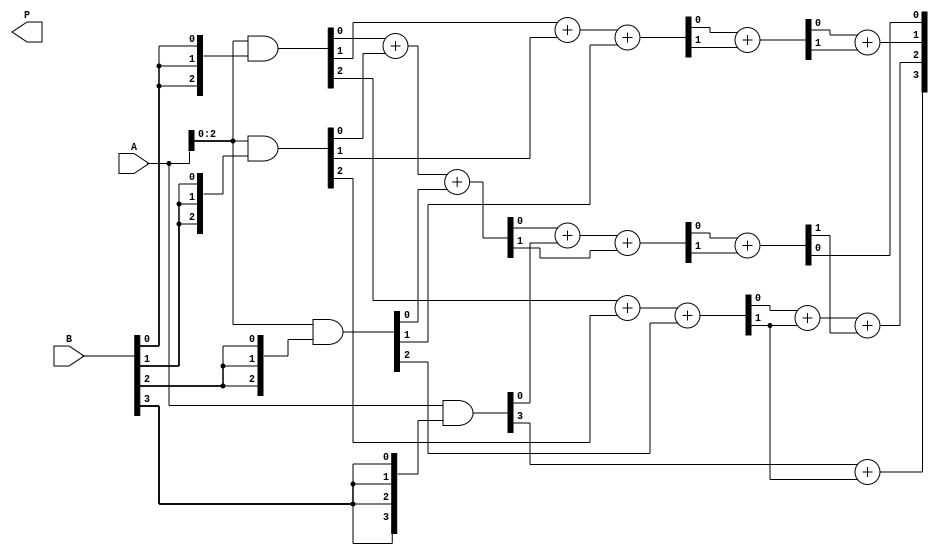
module WallaceTreeMultiplier (
    input [3:0] A, // 4-bit input A
    input [3:0] B, // 4-bit input B
    output [7:0] P // 8-bit output P (product)
);
    wire [3:0] pp [3:0]; // partial products
    wire [2:0] sum1, carry1;
    wire [1:0] sum2, carry2;
    wire [3:0] final_sum;
    wire final_carry;

    // Partial Product Generation
    assign pp[0] = A & {4{B[0]}};
    assign pp[1] = A & {4{B[1]}};
    assign pp[2] = A & {4{B[2]}};
    assign pp[3] = A & {4{B[3]}};

    // First Stage: 3-to-2 CSAs
    // CSAs for the first three bits of each column
    assign {carry1[0], sum1[0]} = pp[0][0] + pp[1][0] + pp[2][0];
    assign {carry1[1], sum1[1]} = pp[0][1] + pp[1][1] + pp[2][1];
    assign {carry1[2], sum1[2]} = pp[0][2] + pp[1][2] + pp[2][2];

    // Second Stage: Add the last partial product and carry from previous stage
    assign {carry2[0], sum2[0]} = sum1[0] + pp[3][0] + carry1[0];
    assign {carry2[1], sum2[1]} = sum1[1] + carry1[1];
    assign {final_carry, final_sum[0]} = sum2[0] + carry2[0];
    assign final_sum[1] = sum2[1] + carry2[1];

    // Prepare to add the final two rows together
    assign P[0] = final_sum[0];
    assign P[1] = final_sum[1];
    assign P[2] = sum1[2] + carry1[2] + final_carry;
    assign P[3] = pp[3][3] + carry1[2];

    // Assign remaining bits of product
    assign P[4] = pp[3][4];
    assign P[5] = pp[3][5];
    assign P[6] = pp[3][6];
    assign P[7] = pp[3][7];

endmodule